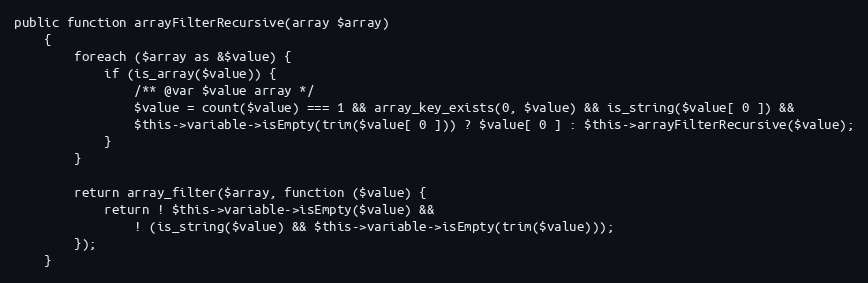
Language: PHP
public function arrayFilterRecursive(array $array)
    {
        foreach ($array as &$value) {
            if (is_array($value)) {
                /** @var $value array */
                $value = count($value) === 1 && array_key_exists(0, $value) && is_string($value[ 0 ]) &&
                $this->variable->isEmpty(trim($value[ 0 ])) ? $value[ 0 ] : $this->arrayFilterRecursive($value);
            }
        }

        return array_filter($array, function ($value) {
            return ! $this->variable->isEmpty($value) &&
                ! (is_string($value) && $this->variable->isEmpty(trim($value)));
        });
    }